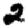
Digit: 2